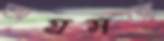
অগ্রসরে